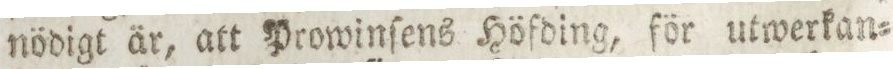
nödigt är, att Prowinſens Höfding, för utwerkan=